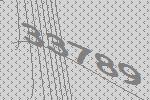
33789